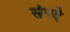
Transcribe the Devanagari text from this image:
संपदे